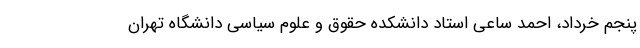
پنجم خرداد، احمد ساعی استاد دانشکده حقوق و علوم سیاسی دانشگاه تهران